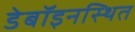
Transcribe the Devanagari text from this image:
डेबॉइनस्थित